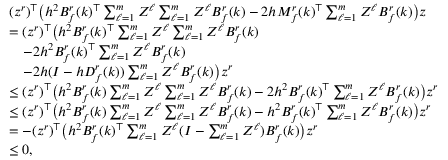
\begin{array} { r l } & { ( z ^ { r } ) ^ { \top } \big ( h ^ { 2 } B _ { f } ^ { r } ( k ) ^ { \top } \textstyle \sum _ { \ell = 1 } ^ { m } Z ^ { \ell } \textstyle \sum _ { \ell = 1 } ^ { m } Z ^ { \ell } B _ { f } ^ { r } ( k ) - 2 h M _ { f } ^ { r } ( k ) ^ { \top } \textstyle \sum _ { \ell = 1 } ^ { m } Z ^ { \ell } B _ { f } ^ { r } ( k ) \big ) z } \\ & { = ( z ^ { r } ) ^ { \top } \big ( h ^ { 2 } B _ { f } ^ { r } ( k ) ^ { \top } \textstyle \sum _ { \ell = 1 } ^ { m } Z ^ { \ell } \textstyle \sum _ { \ell = 1 } ^ { m } Z ^ { \ell } B _ { f } ^ { r } ( k ) } \\ & { ~ ~ ~ - 2 h ^ { 2 } B _ { f } ^ { r } ( k ) ^ { \top } \textstyle \sum _ { \ell = 1 } ^ { m } Z ^ { \ell } B _ { f } ^ { r } ( k ) } \\ & { ~ ~ ~ - 2 h ( I - h D _ { f } ^ { r } ( k ) ) \textstyle \sum _ { \ell = 1 } ^ { m } Z ^ { \ell } B _ { f } ^ { r } ( k ) \big ) z ^ { r } } \\ & { \leq ( z ^ { r } ) ^ { \top } \big ( h ^ { 2 } B _ { f } ^ { r } ( k ) \textstyle \sum _ { \ell = 1 } ^ { m } Z ^ { \ell } \textstyle \sum _ { \ell = 1 } ^ { m } Z ^ { \ell } B _ { f } ^ { r } ( k ) - 2 h ^ { 2 } B _ { f } ^ { r } ( k ) ^ { \top } \textstyle \sum _ { \ell = 1 } ^ { m } Z ^ { \ell } B _ { f } ^ { r } ( k ) \big ) z ^ { r } } \\ & { \leq ( z ^ { r } ) ^ { \top } \big ( h ^ { 2 } B _ { f } ^ { r } ( k ) \textstyle \sum _ { \ell = 1 } ^ { m } Z ^ { \ell } \textstyle \sum _ { \ell = 1 } ^ { m } Z ^ { \ell } B _ { f } ^ { r } ( k ) - h ^ { 2 } B _ { f } ^ { r } ( k ) ^ { \top } \textstyle \sum _ { \ell = 1 } ^ { m } Z ^ { \ell } B _ { f } ^ { r } ( k ) \big ) z ^ { r } } \\ & { = - ( z ^ { r } ) ^ { \top } \big ( h ^ { 2 } B _ { f } ^ { r } ( k ) ^ { \top } \textstyle \sum _ { \ell = 1 } ^ { m } Z ^ { \ell } ( I - \textstyle \sum _ { \ell = 1 } ^ { m } Z ^ { \ell } ) B _ { f } ^ { r } ( k ) \big ) z ^ { r } } \\ & { \leq 0 , } \end{array}